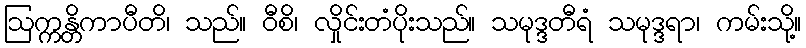
ဩက္ကန္တိကာပီတိ၊ သည်။ ဝီစိ၊ လှိုင်းတံပိုးသည်။ သမုဒ္ဒတီရံ သမုဒ္ဒရာ၊ ကမ်းသို့။